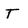
Character: T